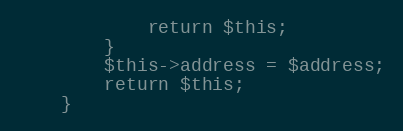
Language: PHP
            return $this;
        }
		$this->address = $address;
		return $this;
    }